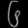
Digit: ၆